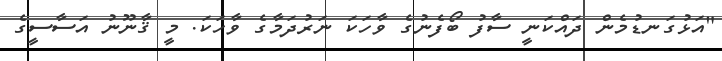
"އަޅުގަނޑުމެން ދައްކަނީ ސާފު ބޯފެނުގެ ވާހަކަ ނަރުދަމާގެ ވާހަކަ. މީ ޤާނޫނު އަސާސީގެ